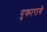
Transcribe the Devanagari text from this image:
पुकारावे